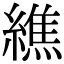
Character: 𦅃